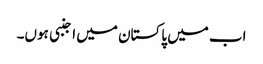
اب میں پاکستان میں اجنبی ہوں۔